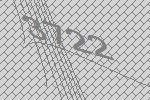
3722